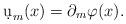
LaTeX: \begin{align*}\d u_m(x)=\partial_m\varphi(x).\end{align*}